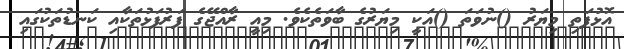
އޮޅުފަތި މިޔަރު ()ނުވަތަ ()އަކީ މިޔަރުގެ ބާވަތެެކެވެ. މިއީ ރާއްޖޭގެ ފަރުފަޅުތަކާއި ކަނޑުތަކުގައި